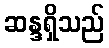
ဆန္ဒရှိသည်